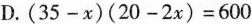
D.$$( 3 5 - x ) ( 2 0 - 2 x ) = 6 0 0$$